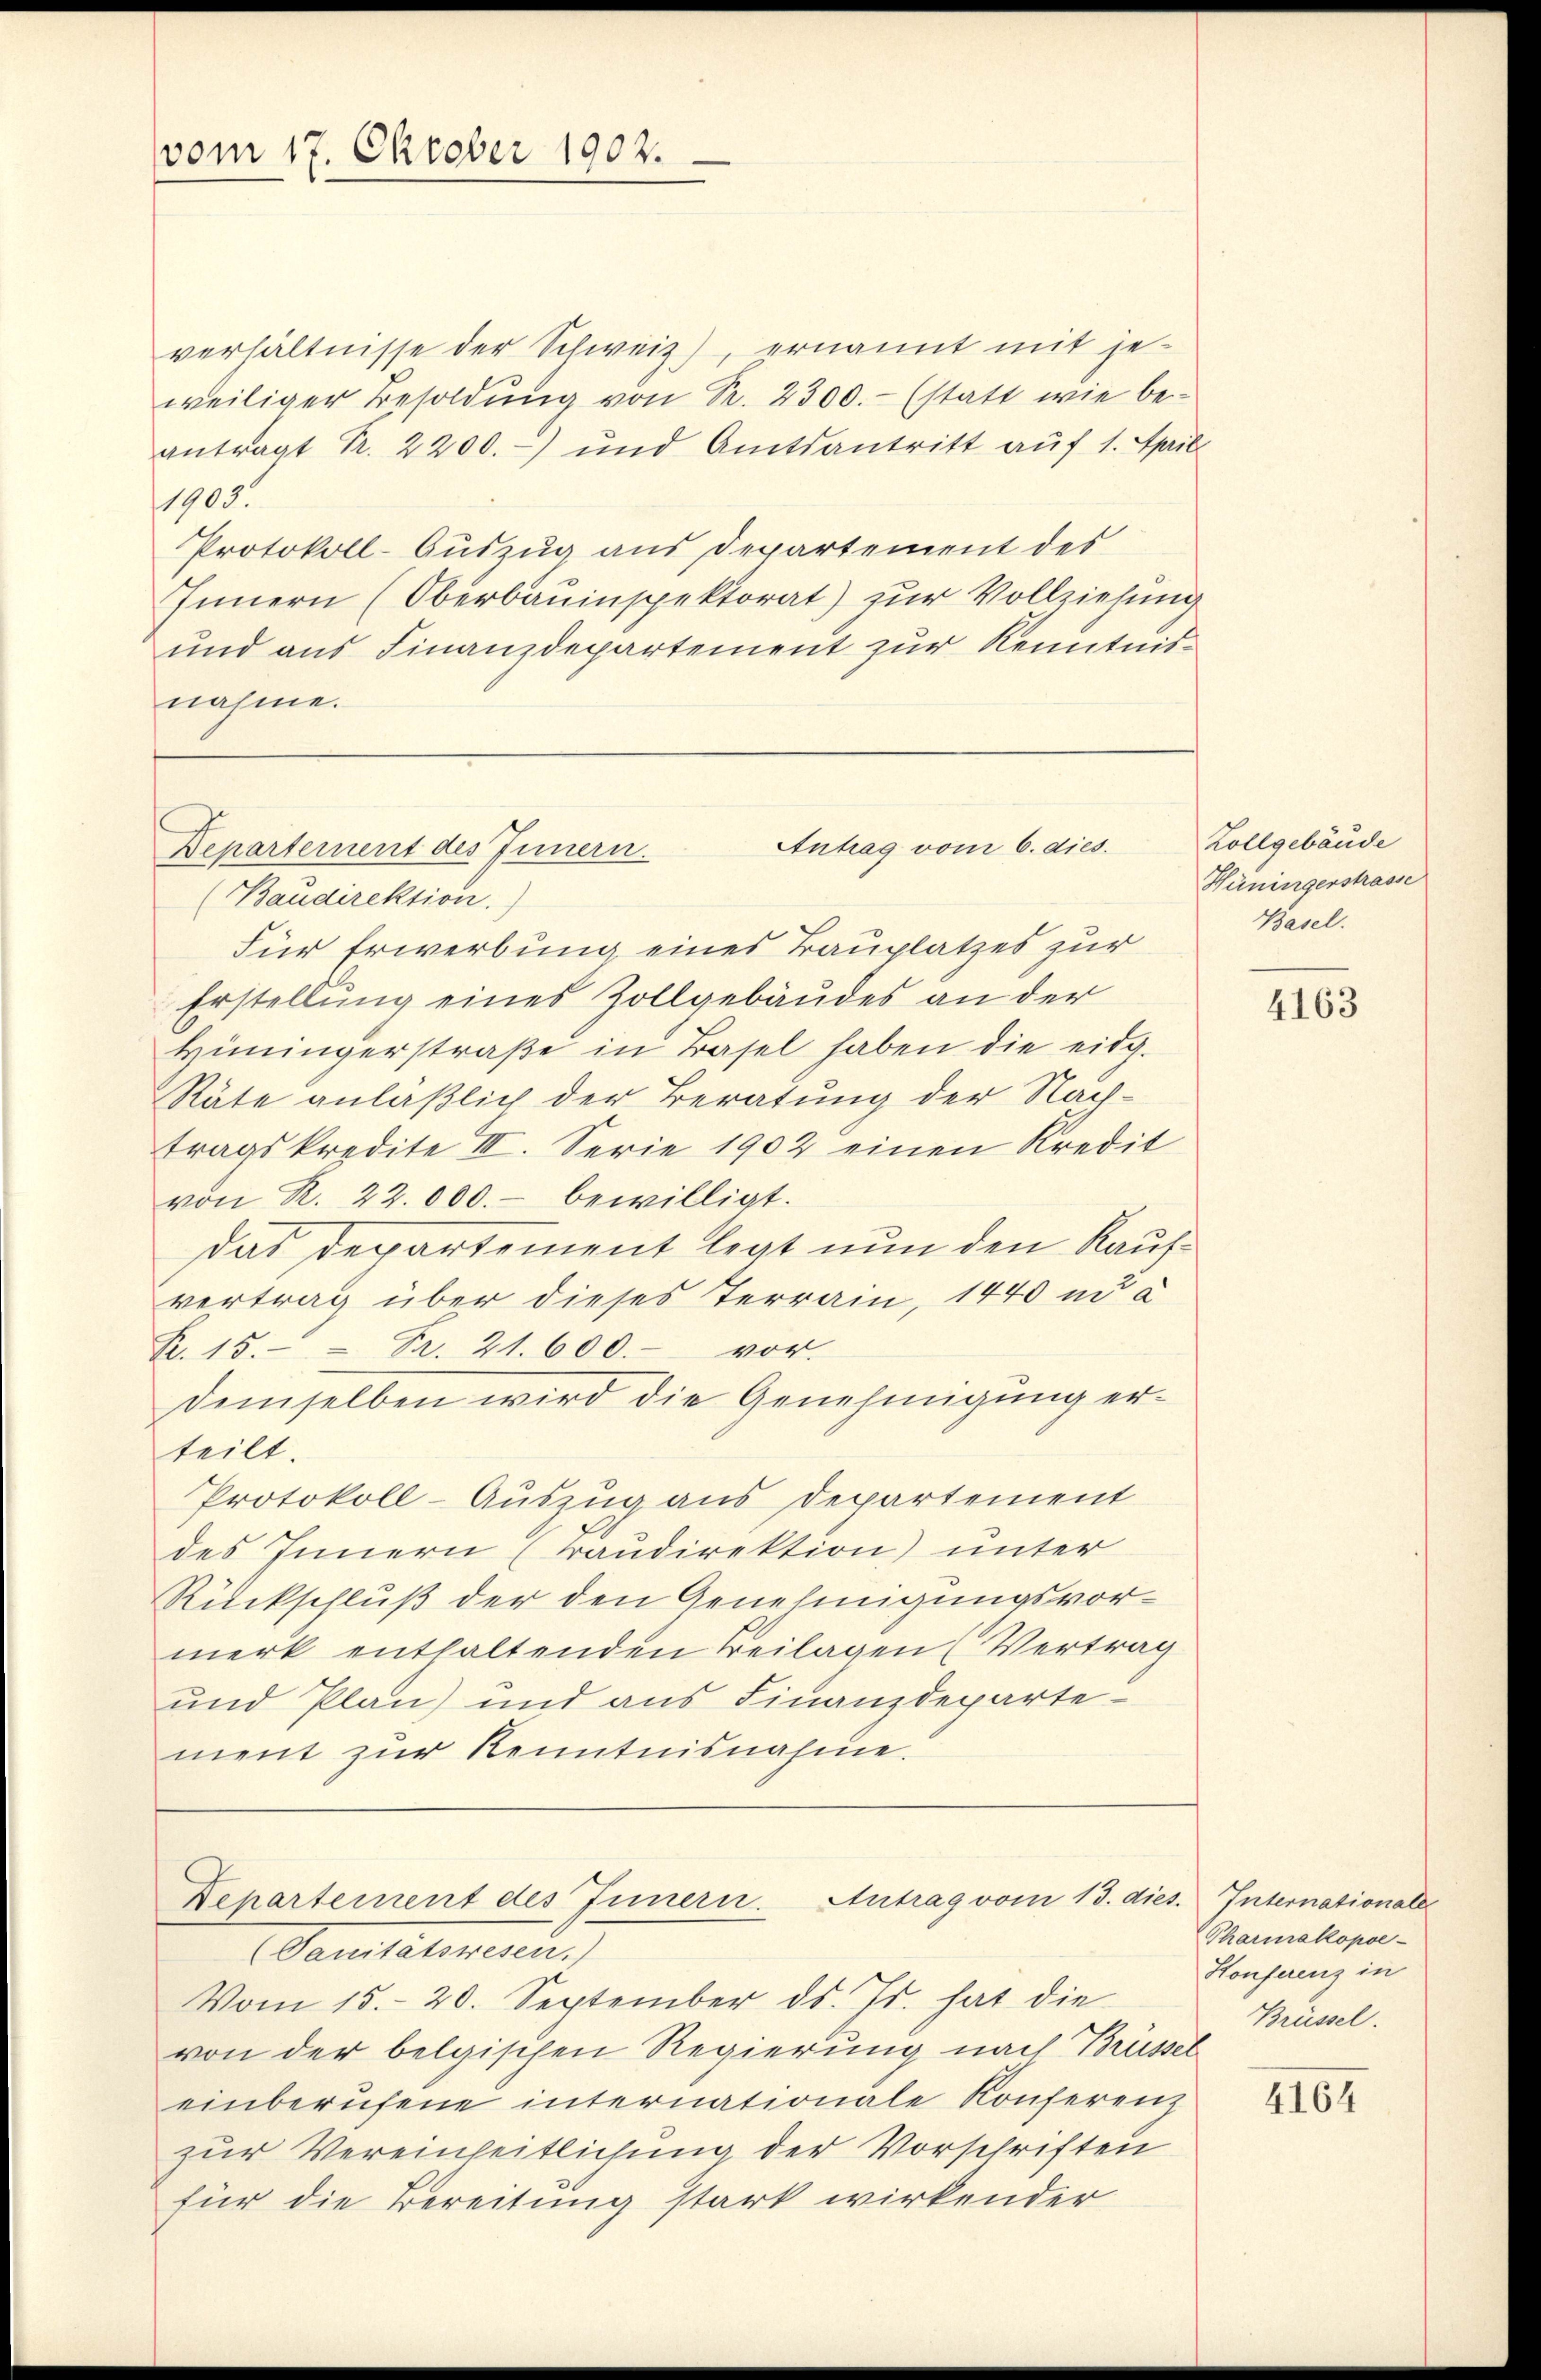
vom 17. Oktober 1902.

verhältnisse der Schweiz), ernannt mit je-
weiliger Besoldung von Sr. 2300.- (statt wie beantragt Fr. 2200.-) und Amtsantritt auf 1. April
1905.
Protokoll-Auszug aus Departement des
Innern (Oberbauinspektorat) zur Vollziehung
und aus Finanzdepartement zur Kenntnisnahme.

Antrag vom 6. dies.
Departement des Innern.

Departement des Innern. Antrag vom 13. die
(Sanitätswesen.)
Vom 15. 20. September ds. Js. hat die

(Baudirektion.
Für Erwerbung eines Bauplatzes zur
Erstellung eines Zollgebäudes an der
Hüningerstraβe in Basel haben die eidg.
Räte anläßlich der Beratung der Nachtragskredite III. Serie 1902 einen Kredit
von R. 22.000.- bewilligt.
das Departement legt nun den Kaufvertrag über dieses Terrain, 1440 nd a
K. 15. Fr. 21. 600.- vor.
demselben wird die Genehmigung erteilt.
Protokoll-Auszug aus Departement
des Innern (raudirektion) unter
Rückschluß der den Genehmigungsvormerk enthaltenden Beilagen (Vertrag
und Plan und aus Finanzdepartement zur Kenntnisnahme.

Zollgebäude
Hüningerstrasse
Basel.

von der belgischen Regierung nach Brüssel
einberufene internationale Konferenz
zur Vereinheitlichung der Vorschriften
für die Bereitung stark wirkender

4163

1. Internationale
Pharmakopoe-
Honferenz in
Brüssel.

4164